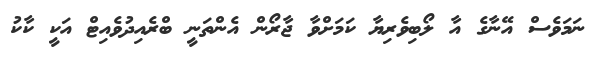
ނަމަވެސް އޭނާގެ އާ ލޯބިވެރިޔާ ކަމަށްވާ ޖާރޯން އެންތަނީ ބްރެއިދުވެއިޓް އަކީ ކާކު